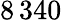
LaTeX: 8\, 340